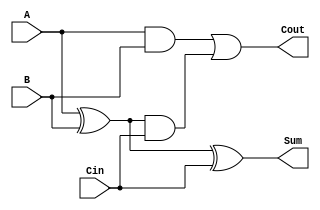
module full_adder(input A, input B, input Cin, output Sum, output Cout);

wire wire1, wire2, wire3;

xor gate1(wire1, A, B);
xor gate2(Sum, wire1, Cin);

and gate3(wire2, A, B);
and gate4(wire3, wire1, Cin);

or gate5(Cout, wire2, wire3);

endmodule